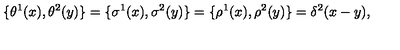
\{ \theta ^ { 1 } ( x ) , \theta ^ { 2 } ( y ) \} = \{ \sigma ^ { 1 } ( x ) , \sigma ^ { 2 } ( y ) \} = \{ \rho ^ { 1 } ( x ) , \rho ^ { 2 } ( y ) \} = \delta ^ { 2 } ( x - y ) ,